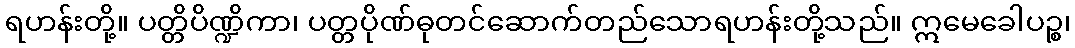
ရဟန်းတို့။ ပတ္တိပိဏ္ဍိကာ၊ ပတ္တပိုဏ်ဓုတင်ဆောက်တည်သောရဟန်းတို့သည်။ ဣမေခေါပဉ္စ၊